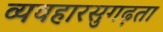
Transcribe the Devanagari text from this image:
व्यवहारसुगढ़ता